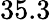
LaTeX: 35.3